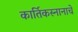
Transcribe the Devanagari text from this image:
कार्तिकस्नानाचे